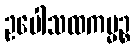
ဥပေါသထကမ္မဉ္စ